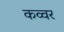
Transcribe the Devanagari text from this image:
कव्वर